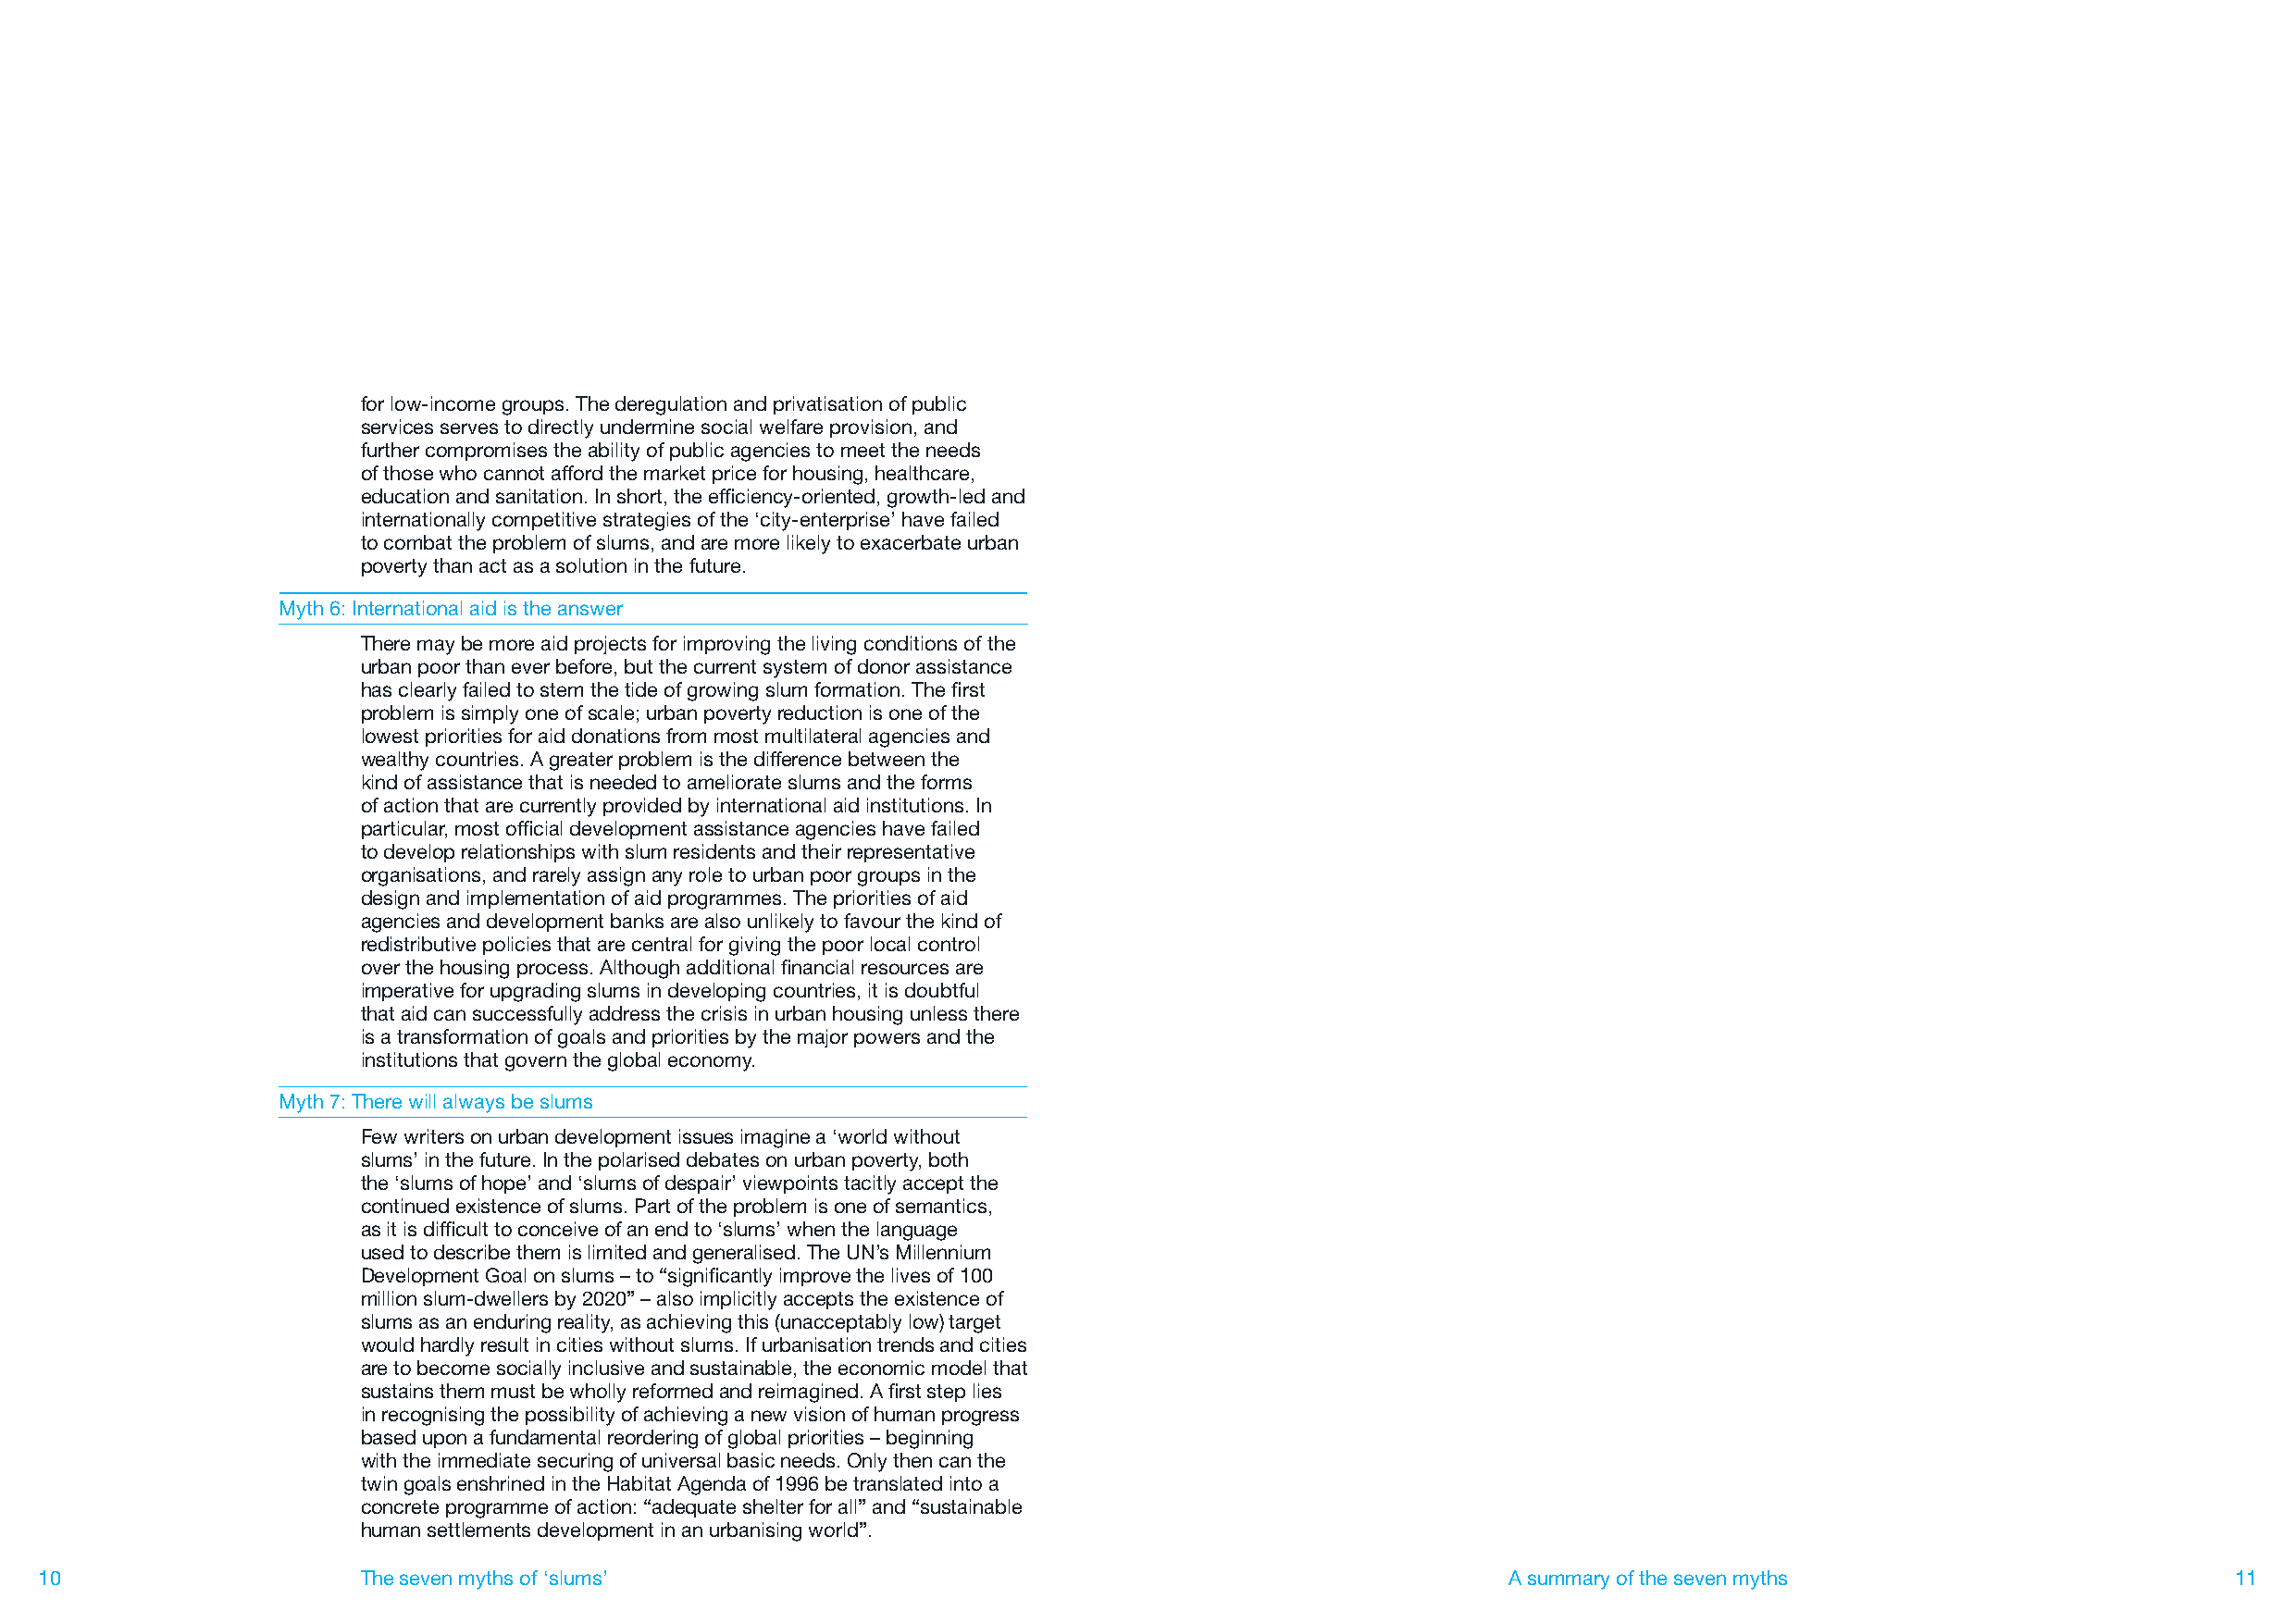
for low-income groups. The deregulation and privatisation of public
 services serves to directly undermine social welfare provision, and
 further compromises the ability of public agencies to meet the needs
 of those who cannot afford the market price for housing, healthcare,
 education and sanitation. In short, the efficiency-oriented, growth-led and
 internationally competitive strategies of the ‘city-enterprise’ have failed
 to combat the problem of slums, and are more likely to exacerbate urban
 poverty than act as a solution in the future.
 Myth 6: International aid is the answer
 There may be more aid projects for improving the living conditions of the
 urban poor than ever before, but the current system of donor assistance
 has clearly failed to stem the tide of growing slum formation. The first
 problem is simply one of scale; urban poverty reduction is one of the
 lowest priorities for aid donations from most multilateral agencies and
 wealthy countries. A greater problem is the difference between the
 kind of assistance that is needed to ameliorate slums and the forms
 of action that are currently provided by international aid institutions. In
 particular, most official development assistance agencies have failed
 to develop relationships with slum residents and their representative
 organisations, and rarely assign any role to urban poor groups in the
 design and implementation of aid programmes. The priorities of aid
 agencies and development banks are also unlikely to favour the kind of
 redistributive policies that are central for giving the poor local control
 over the housing process. Although additional financial resources are
 imperative for upgrading slums in developing countries, it is doubtful
 that aid can successfully address the crisis in urban housing unless there
 is a transformation of goals and priorities by the major powers and the
 institutions that govern the global economy.
 Myth 7: There will always be slums
 Few writers on urban development issues imagine a ‘world without
 slums’ in the future. In the polarised debates on urban poverty, both
 the ‘slums of hope’ and ‘slums of despair’ viewpoints tacitly accept the
 continued existence of slums. Part of the problem is one of semantics,
 as it is difficult to conceive of an end to ‘slums’ when the language
 used to describe them is limited and generalised. The UN’s Millennium
 Development Goal on slums – to “significantly improve the lives of 100
 million slum-dwellers by 2020” – also implicitly accepts the existence of
 slums as an enduring reality, as achieving this (unacceptably low) target
 would hardly result in cities without slums. If urbanisation trends and cities
 are to become socially inclusive and sustainable, the economic model that
 sustains them must be wholly reformed and reimagined. A first step lies
 in recognising the possibility of achieving a new vision of human progress
 based upon a fundamental reordering of global priorities – beginning
 with the immediate securing of universal basic needs. Only then can the
 twin goals enshrined in the Habitat Agenda of 1996 be translated into a
 concrete programme of action: “adequate shelter for all” and “sustainable
 human settlements development in an urbanising world”.
 10                     The seven myths of ‘slums’                                                        A summary of the seven myths                        11